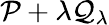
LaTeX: \mathcal{P}+\lambda\mathcal{Q}_{\lambda}